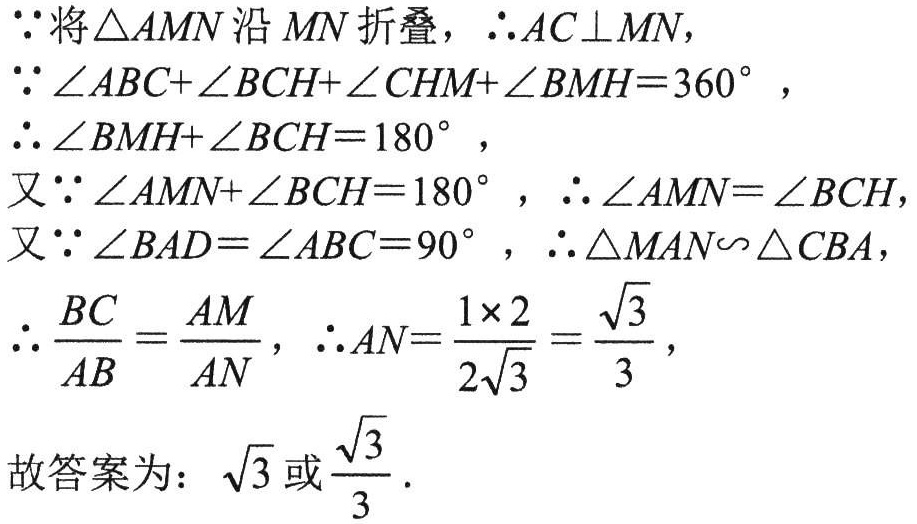
\(
\begin{align*}
&\because\text{将}\triangle AMN\text{沿}MN\text{折叠}，\therefore AC\perp MN,\\
&\because\angle ABC + \angle BCH+\angle CHM+\angle BMH = 360^{\circ},\\
&\therefore\angle BMH+\angle BCH = 180^{\circ},\\
&\text{又}\because\angle AMN+\angle BCH = 180^{\circ}，\therefore\angle AMN=\angle BCH,\\
&\text{又}\because\angle BAD=\angle ABC = 90^{\circ}，\therefore\triangle MAN\sim\triangle CBA,\\
&\therefore\frac{BC}{AB}=\frac{AM}{AN}，\therefore AN=\frac{1\times 2}{2\sqrt{3}}=\frac{\sqrt{3}}{3},\\
&\text{故答案为：}\sqrt{3}\text{或}\frac{\sqrt{3}}{3}.
\end{align*}
\)